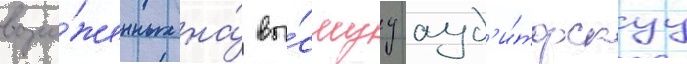
возло́женных на́ вы́сшуу ауд'и́торскуу